Annual report on the working of the lock hospitals in the Central Provinces
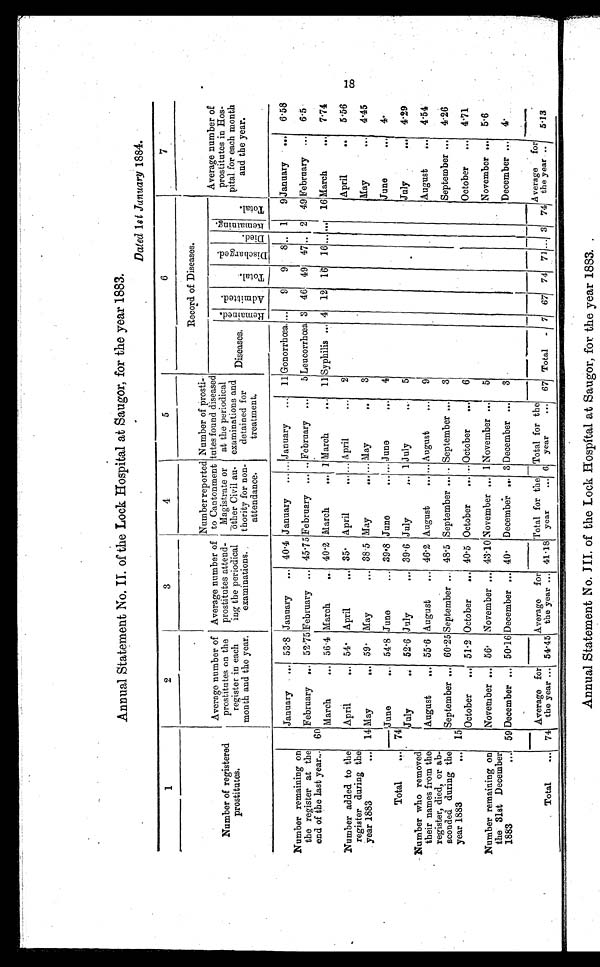
Annual Statement No. II of the Lock Hospital at Saugor, for the year 1883.
Dated 1st January 1884.
1
2
3
4
5
6
7
Number of registered
prostitutes
.
Average number of
prostitutes on the
register in each
month and the year.
Average number of
prostitutes attend-
ing the periodical
examinations.
Number reported
to Cantonment
Magistrate or
other Civil au-
thority for non-
attendance.
Number of prosti-
tutes found diseased
at the periodical
examinations and
detained for
treatment.
Record of Diseases.
Average number of
prostitutes in Hos-
pital for each month
and the year.
Diseases.
R e n a u b e d . A d m i t t e d .
T o t a l .
D i s c h a r g e d .
D i e d .
R e m a i n i n g .
T o t a l .
January
... 53.8 January
... 40.4 January ... ... January ... 11 Gonorrhœa. ...
9
9 8 .. 1
9 January ... 6.58
Number remaining on
the register at the
end of the last year...
February ... 52.75 February ... 45.75 February ... .. February ...
5 Leucorrhœa 3 46 49 47 .. 2
49 February ... 6.5
60
March
... 56.4 March
.. 40.2 March
... 1 March
... 11 Syphilis ... 4 12 16 16 ... ... 16 March
... 7.74
Number added to the
register during the
year 1883
...
April
... 54. April
... 35. April
... ... April
...
2
April
..
5.66
14 May
.. 59 . May
... 38.5 May
... ... May
.
3
May
... 4.45
June...
54.8 June
... 39.8 June
... ... June
...
4
June
... 4.
Total
... 74
July
52.6 July
... 39.6 July
... 1 July
...
5
July
••• 4.29
Number who removed
their names from the
register, died, or ab-
sconded during the
year 1883
...
August
... 55.6 August
... 46.2 August
... ... August
...
9
August
... 4.54
September ... 60.25 September ... 48.5 September ... .. September ...
3
September ... 4.26
15
October ... 51.2 October
... 40.5 October
... ... October
...
6
October ... 4.71
Number remaining on
the 31st December
1883
...
November ... 56. November ... 43.10 November ... 1 November ...
5
November ... 5.6
59 December ... 50.16 December ... 40. December ... 3 December ...
3
December ... 4.
Total
... 74
Average for
the year ... 54.45
Average for
the year ... 41.18
Total for the
year
... 6.
Total for the
year
... 67 Total - 7 67 74 71... ... 3 74
Average for
the year ..
5.13
18